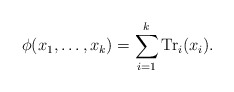
\begin{align*} \phi ( x_1 , \dots , x_k ) = \sum_{ i =1 }^k {\rm Tr}_i ( x_ i ). \end{align*}